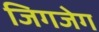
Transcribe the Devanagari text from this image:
जिगजेग